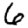
Digit: 6